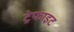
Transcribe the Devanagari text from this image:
ट्रेफाइट